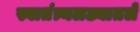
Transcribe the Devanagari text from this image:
स्वातंत्र्यलढ्यातले